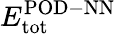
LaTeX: E_{\mathrm{tot}}^{\mathrm{POD-NN}}